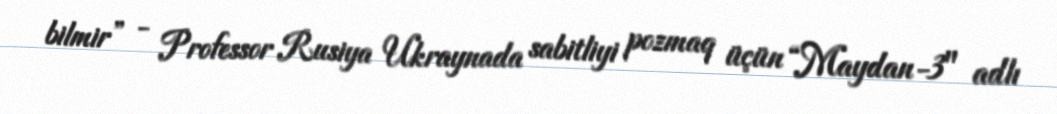
bilmir” - Professor Rusiya Ukraynada sabitliyi pozmaq üçün “Maydan-3" adlı